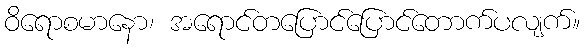
ဝိရောစမာနော၊ အရောင်တပြောင်ပြောင်တောက်ပလျက်။